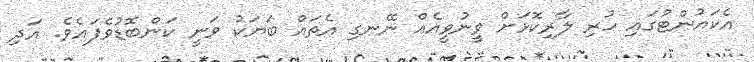
އެކައުންޓުގައި ހުރި ލާރިކޮޅަށް ވީނުވީއެއް ނޭނގި އެތައް ބަޔަކު ވަނީ ކަންބޮޑުވެފައެވެ. އަދި